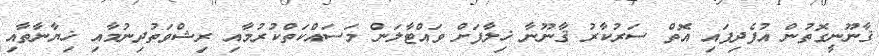
ޤާނޫނީގޮތުން އުފެދިފައި އޮތް ސަރުކާރު ޤާނޫނާ ޚިލާފަށް ވައްޓާލަން މަސައްކަތްކުރުމާއި ރިޝްވަތުދިނުމާއި ޚިޔާނާތާއި